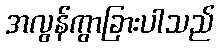
အလွန်ကွာခြားပါသည်